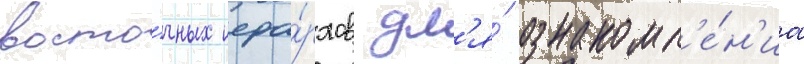
восто́чных иера́рхов дл'я́ ознакомл'е́н'иа